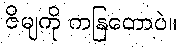
ဇိမျကို ကနြတောပဲ။